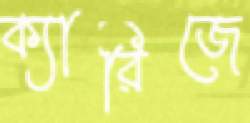
ক্যারিজে